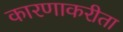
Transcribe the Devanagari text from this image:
कारणाकरीता